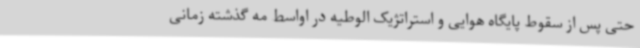
حتی پس از سقوط پایگاه هوایی و استراتژیک الوطیه در اواسط مه گذشته زمانی